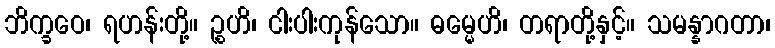
ဘိက္ခဝေ၊ ရဟန်းတို့။ ဉ္စဟိ၊ ငါးပါးကုန်သော။ ဓမ္မေဟိ၊ တရာတို့နှင့်။ သမန္နာဂတာ၊